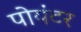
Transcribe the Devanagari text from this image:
पोयंटर